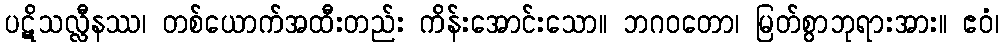
ပဋိသလ္လီနဿ၊ တစ်ယောက်အထီးတည်း ကိန်းအောင်းသော။ ဘဂဝတော၊ မြတ်စွာဘုရားအား။ ဧဝံ၊